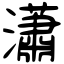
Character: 瀟